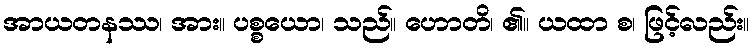
အာယတနဿ၊ အား။ ပစ္စယော၊ သည်။ ဟောတိ၊ ၏။ ယထာ စ၊ ဖြင့်လည်း။